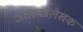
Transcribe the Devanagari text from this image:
जालपत्रले़खक